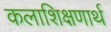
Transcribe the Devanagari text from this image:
कलाशिक्षणार्थ